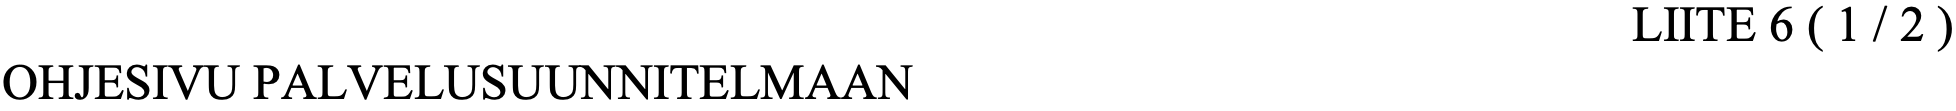
LIITE 6 ( 1 / 2 ) OHJESIVU PALVELUSUUNNITELMAAN